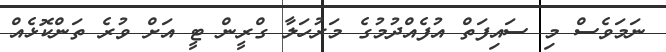
ނަމަވެސް މި ސައިފަތް އުފެއްދުމުގެ މަރުހަލާ ގްރީން ޓީ އަށް ވުރެ ތަންކޮޅެއް